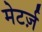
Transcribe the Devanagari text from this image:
मेटर्ज़